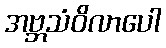
အဗ္ဘသံဝိလာပေါ